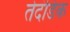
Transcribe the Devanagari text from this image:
तेदंडिक